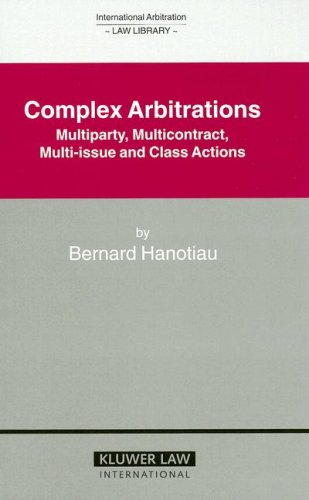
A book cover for Complex Arbitrations: Multiparty, Multicontract, Multi-Issue and Class Actions (International Arbitration Law Library Series Set); Bernard Hanotiau; Law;